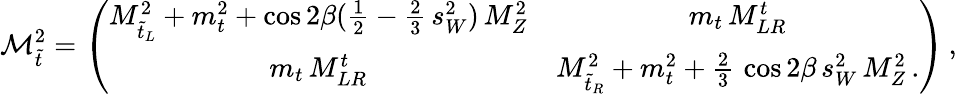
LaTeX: {\cal M}_{\tilde{t}}^{2}=\left(\begin{array}{cc}{{M_{\tilde{t}_{L}}^{2}+m_{t}^{2}+\cos{2\beta}({\frac{1}{2}}-{\frac{2}{3}}\, s_{W}^{2})\, M_{Z}^{2}}}&{{m_{t}\, M_{LR}^{t}}}\\ {{m_{t}\, M_{LR}^{t}}}&{{M_{\tilde{t}_{R}}^{2}+m_{t}^{2}+{\frac{2}{3}}\, \cos{2\beta}\, s_{W}^{2}\, M_{Z}^{2}\, .}}\end{array}\right)\, ,